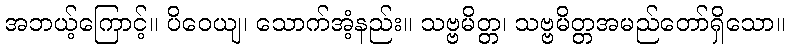
အဘယ့်ကြောင့်။ ပိဝေယျ၊ သောက်အံ့နည်း။ သဗ္ဗမိတ္တ၊ သဗ္ဗမိတ္တအမည်တော်ရှိသော။